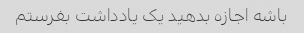
باشه اجازه بدهید یک یادداشت بفرستم